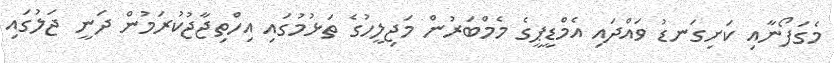
މެގަފޯނާއި ކަށިގަނޑު ވައްދައި އެމްޑީޕީގެ މެމްބަރުން މަޖިލީހުގެ ތަޅުމުގައި އިހްތިޖާޖުކުރަމުން ދަނީ ޖަލުގައި